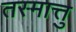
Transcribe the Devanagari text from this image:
तस्मात्तु